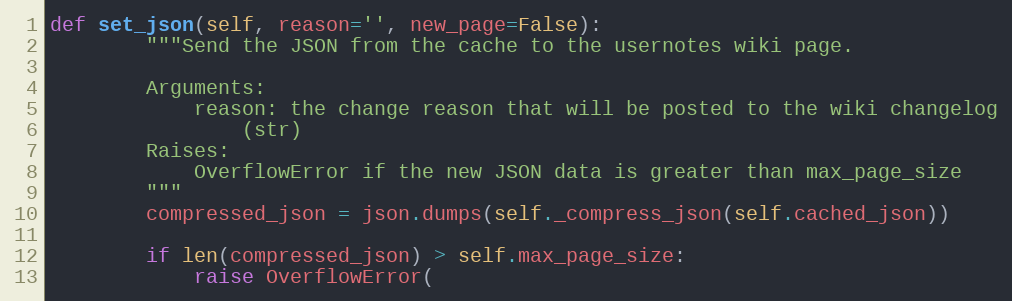
Language: Python
def set_json(self, reason='', new_page=False):
        """Send the JSON from the cache to the usernotes wiki page.

        Arguments:
            reason: the change reason that will be posted to the wiki changelog
                (str)
        Raises:
            OverflowError if the new JSON data is greater than max_page_size
        """
        compressed_json = json.dumps(self._compress_json(self.cached_json))

        if len(compressed_json) > self.max_page_size:
            raise OverflowError(